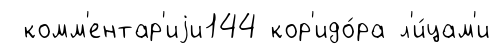
комм'ентар'иjи144 кор'идо́ра л'и́цам'и